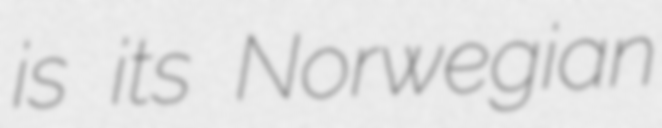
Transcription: is its Norwegian